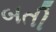
બતી